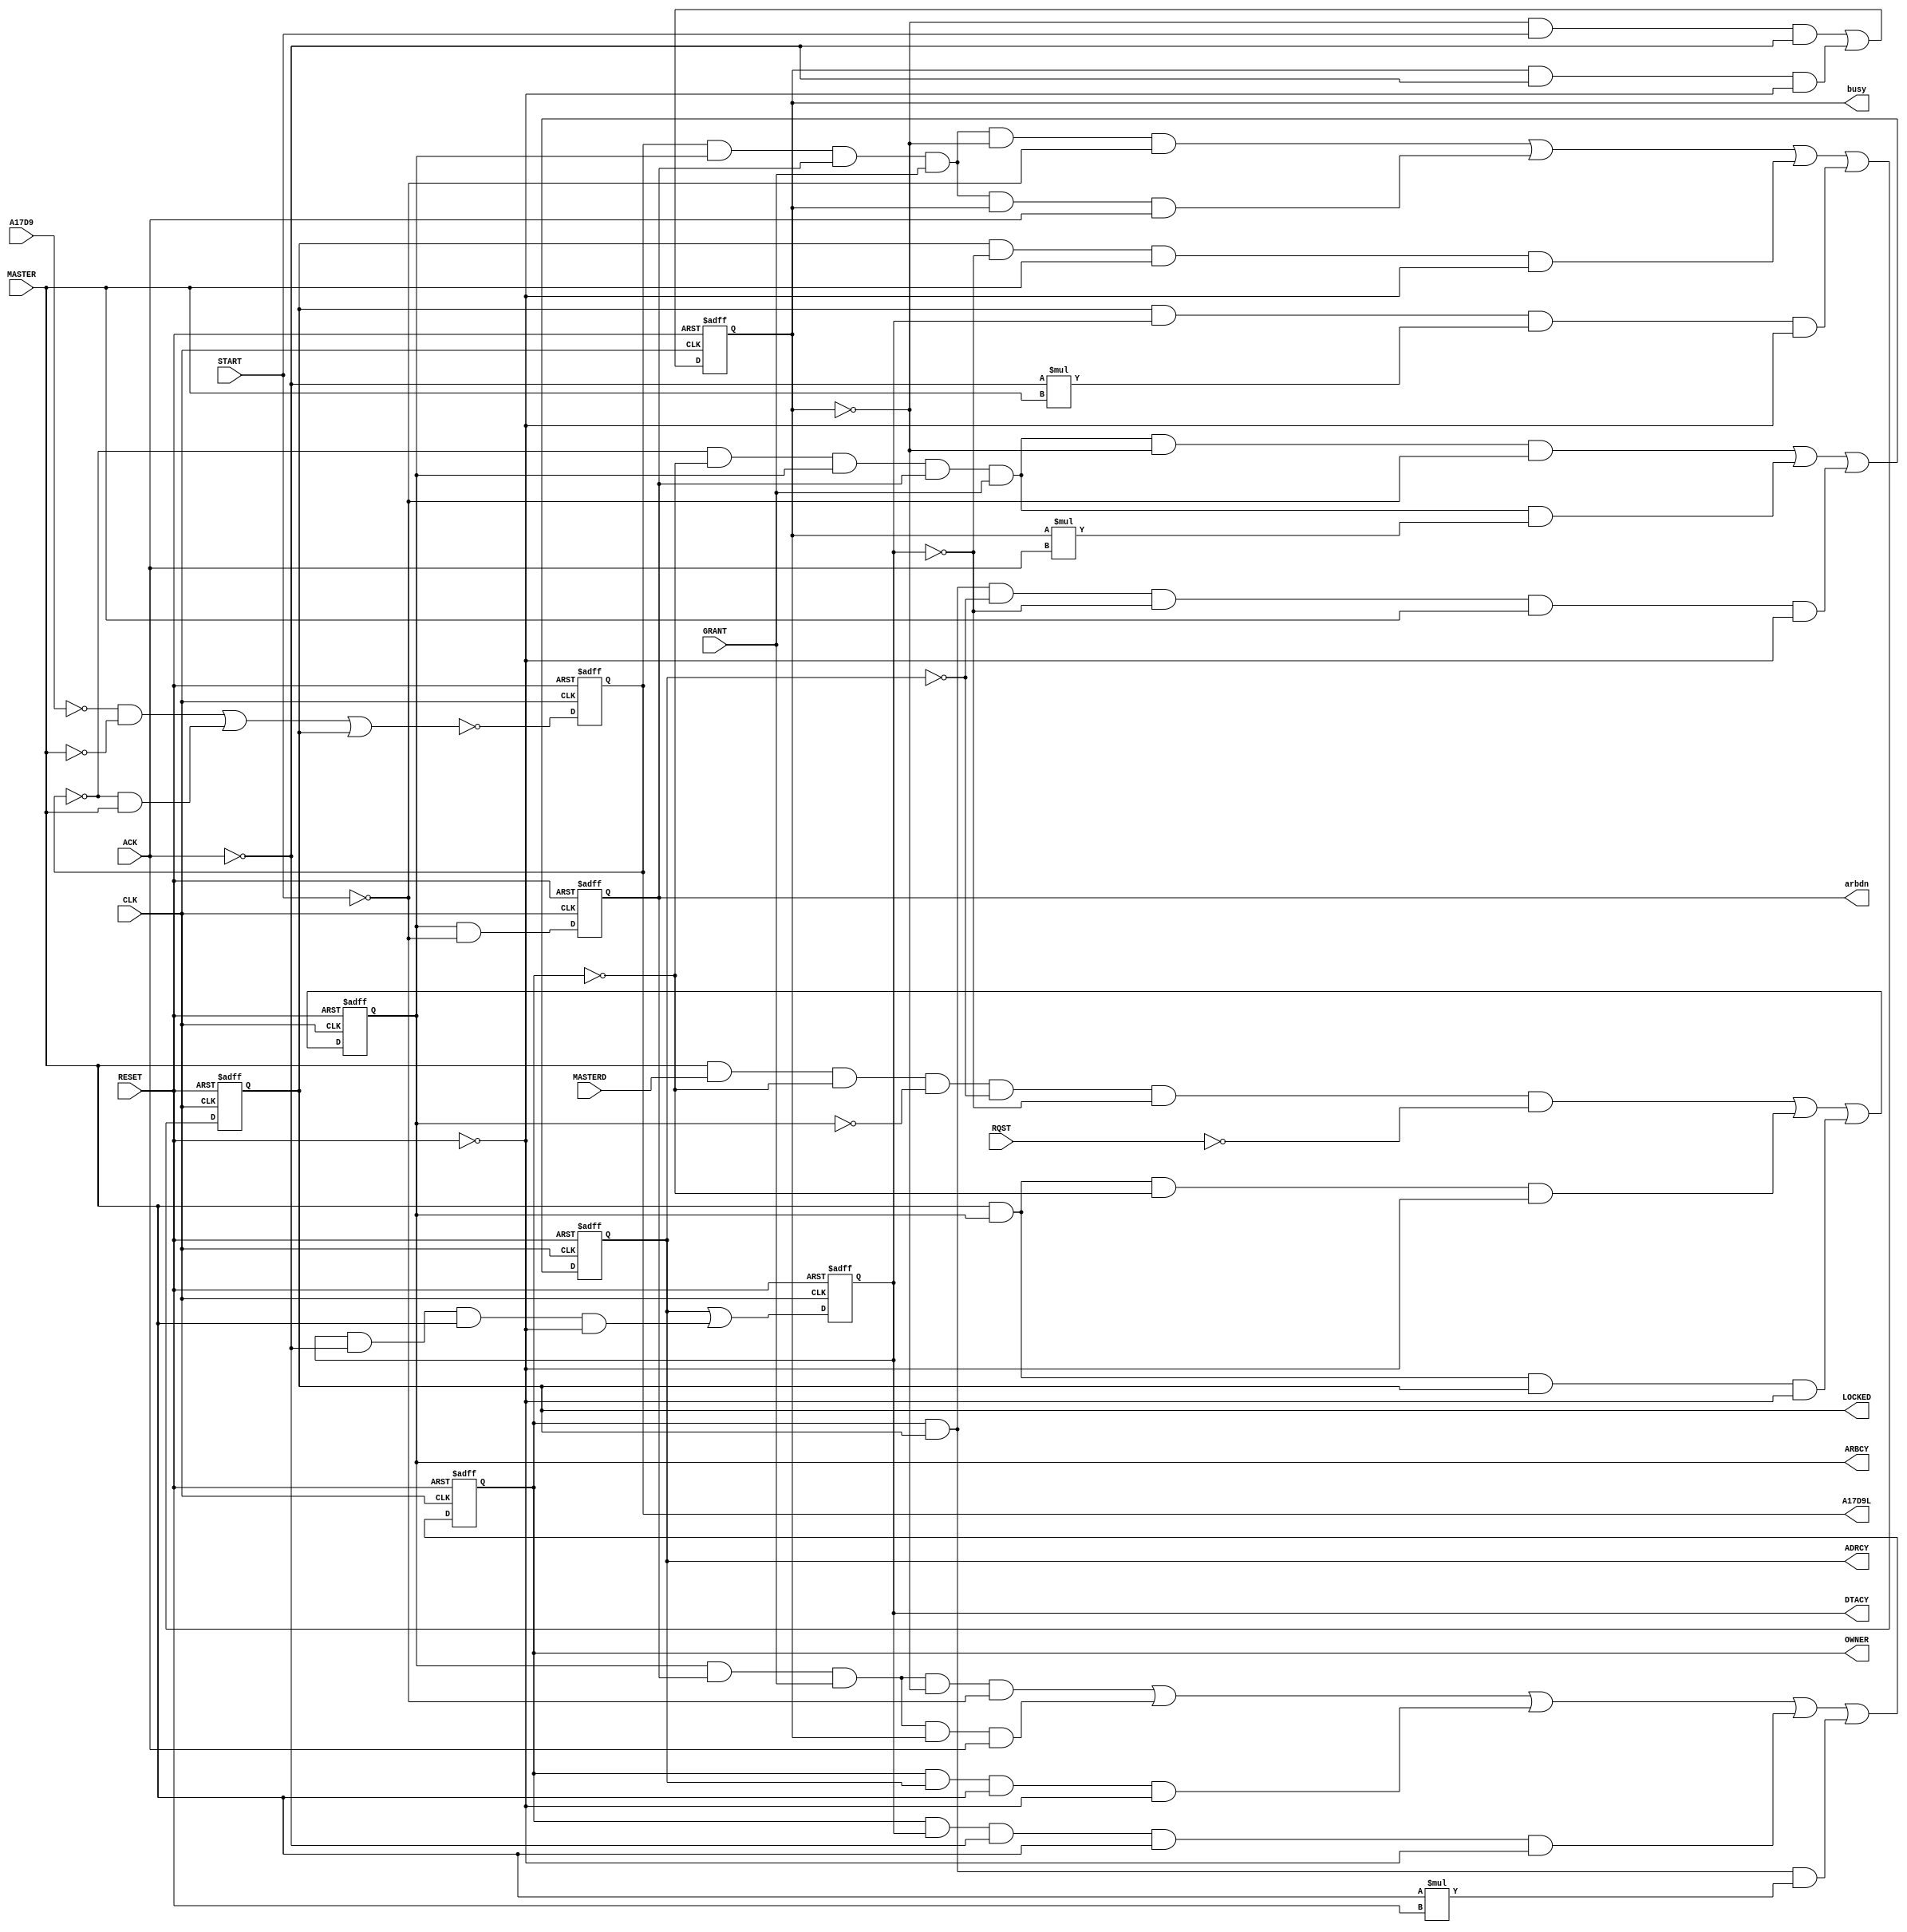
module pal_master 
	(
		input CLK,		// Clock
		input RESET, 	// Reset
		input MASTER,	// Master mode 
		input MASTERD, 	// Master mode (delayed)
		input GRANT,	// Grant access
		input RQST,		// Bus request
		input START, 	// Start transfer
		input ACK, 		// End of transfer
		input A17D9,	// Address line
		output A17D9L,	// Address line
		output LOCKED, 	// Locked or not tranfer
		output arbdn, 	
		output busy, 	
		output OWNER, 	// Address or data transfer
		output DTACY, 	// Data strobe
		output ADRCY, 	// Address strobe
		output ARBCY	// Arbiter enabled
	);


	always @(posedge CLK or negedge RESET) begin : proc_master
		if(~RESET) begin
			ARBCY 	<= 0;
			ADRCY 	<= 0;
			DTACY 	<= 0;
			OWNER 	<= 0;
			busy 	<= 0;
			arbdn 	<= 0;
			LOCKED 	<= 0;
			A17D9L 	<= 0;
		end else begin

			ARBCY 	<= MASTER & MASTERD & ~OWNER & ~ARBCY & ~ADRCY & ~DTACY & ~RQST
					/*wait for RQST& unsserted, while idle*/
			       	| MASTER & ARBCY & ~OWNER & ~RESET
					/*non-locking, hold for START&*/
			       	| MASTER & ARBCY & LOCKED & ~RESET
					/*holding for locked access*/
					;
			ADRCY 	<= ~A17D9L & ~OWNER & ARBCY & arbdn & GRANT & ~busy & ~START
			       	| ~A17D9L & ~OWNER & ARBCY & arbdn & GRANT &  busy * ACK
					/*START& if not locking*/
			       	| OWNER & LOCKED & ~ADRCY & ~DTACY & MASTER & ~RESET
					/*START& for locking case, after LOCK-ATTN*/
					;
			DTACY 	<= ADRCY
					/*assert after START&*/
			       	| DTACY & ~ACK & MASTER & ~RESET
					/*hold until ACK&*/
					;
			OWNER 	<= ARBCY & arbdn & GRANT & ~busy & ~START
			       	| ARBCY & arbdn & GRANT &  busy	 & ACK
					/*when bus is free, we own it next*/
			       	| OWNER & ADRCY & MASTER & ~RESET
					/*hold before DTACY*/
			       	| OWNER & DTACY & ~ACK & MASTER & ~RESET
					/*non-locking, wait until ACK* */
			       	| OWNER & LOCKED & MASTER * RESET
					/*for LOCKing case, hold for NULL-ATTN*/
					;
			busy 	<= ~busy & START & ~ACK
					/*beginning of transaction*/
			      	| busy & ~ACK &  & ~RESET
					/*hold during cycle*/
					;
			arbdn 	<= ARBCY & ~START
					/*when arbitrating, force delay*/
					;
			LOCKED 	<= A17D9L & ARBCY & arbdn & GRANT & ~busy & ~START
			    	| A17D9L & ARBCY & arbdn & GRANT &  busy & ACK
					/*set for LOCK-ATN*/
					| LOCKED & ~DTACY & MASTER & ~RESET
					| LOCKED & DTACY & ~ACK * MASTER & ~RESET
					/*clear on NULL-ATN*/
					;
			A17D9L 	<= ~(
					  ~A17D9 & ~MASTER
					/*latching term*/
					| ~A17D9L & MASTER
					/*holding term*/
					| LOCKED
					/*clearing term, prevent another ADRCY*/
					);
		end
	end

endmodule